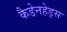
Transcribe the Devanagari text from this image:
कैडेनहेड्स